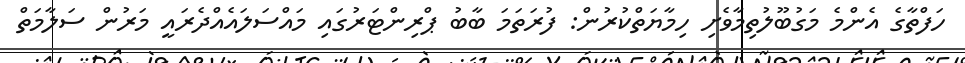
ހަފްތާގެ އެންމެ މަގުބޫލުތިމާވެށި ހިމާޔަތްކުރުން: ފުރަތަމަ ބާބު ޕްރިންޓަރުގައި މައްސަލައެއްދެރައީ މަރުން ސަލާމަތް